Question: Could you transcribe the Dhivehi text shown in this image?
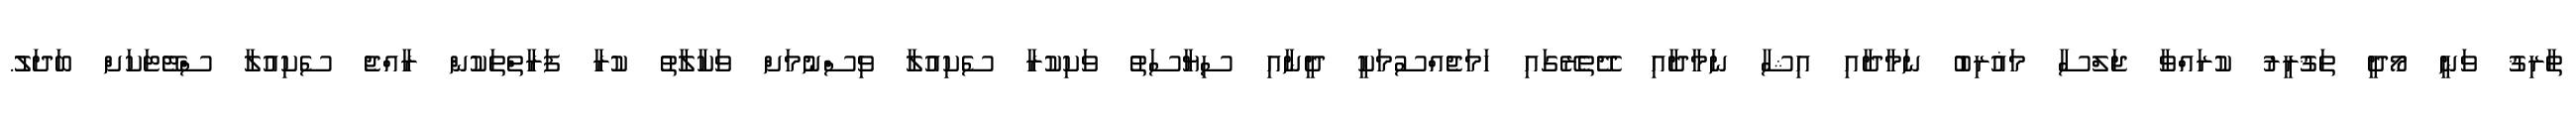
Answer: ޠާރިޤު ވަނީ މޯދީ ތަޤުރީރު ކުރައްވާ ޖަލްސާ މަޣުރިބު ނަމާދާއި އިޝާ ނަމާދާއި ދޭތެރޭގައި ހަމަޖެއްސުމަކީ ދީނާއި ސިޔާސަތު ވަކިކުރާ ސެކިއުލާ ވިސްނުމަށް ވަކާލާތު ކުރާ ފަރާތްތަކުން ރާއްޖެ ސެކިއުލާ ސްޓޭޓަކަށް ބަދަލު.